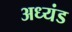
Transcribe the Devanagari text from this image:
अध्यंड